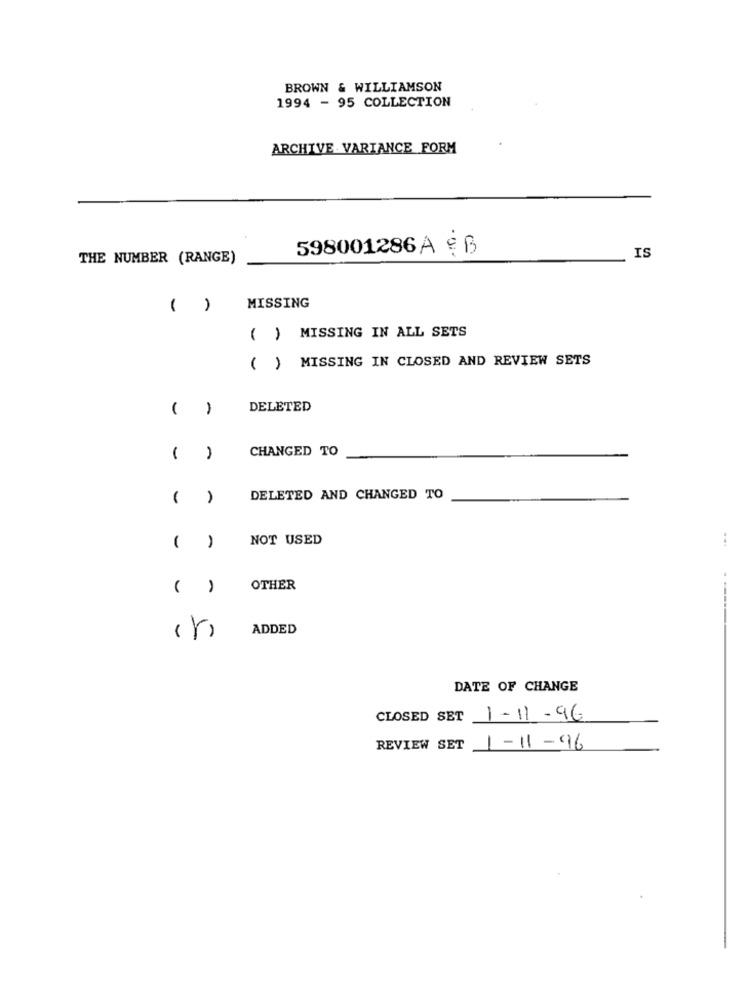
BROWN & WILLIAMSON
1994 - 95 COLLECTION
ARCHIVE VARIANCE FORM
598001286A & B
THE NUMBER (RANGE)
IS
( )
MISSING
( ) MISSING IN ALL SETS
MISSING IN CLOSED AND REVIEW SETS
()
( )
DELETED
CHANGED TO
A
DELETED AND CHANGED TO
NOT USED
...
1
1
..
( )
OTHER
1
ADDED
DATE OF CHANGE
CLOSED SET 1-11-96
REVIEW SET
1-11-96